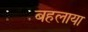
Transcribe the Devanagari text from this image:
बहलाया